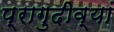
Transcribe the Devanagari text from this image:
प्रागुदीव्यां